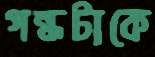
গন্ধটাকে